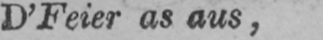
D’Feier as aus,